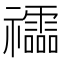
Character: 𥜧